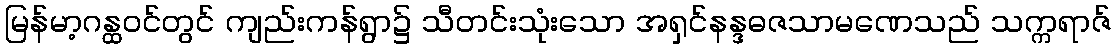
မြန်မာ့ဂန္ထဝင်တွင် ကျည်းကန်ရွာ၌ သီတင်းသုံးသော အရှင်နန္ဒဓဇသာမဏေသည် သက္ကရာဇ်